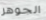
الجوهر